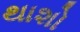
થાશો